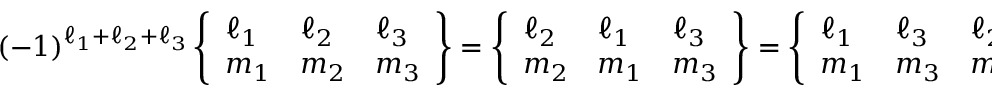
( - 1 ) ^ { \ell _ { 1 } + \ell _ { 2 } + \ell _ { 3 } } \left\{ \begin{array} { l l l } { \ell _ { 1 } } & { \ell _ { 2 } } & { \ell _ { 3 } } \\ { m _ { 1 } } & { m _ { 2 } } & { m _ { 3 } } \end{array} \right\} = \left\{ \begin{array} { l l l } { \ell _ { 2 } } & { \ell _ { 1 } } & { \ell _ { 3 } } \\ { m _ { 2 } } & { m _ { 1 } } & { m _ { 3 } } \end{array} \right\} = \left\{ \begin{array} { l l l } { \ell _ { 1 } } & { \ell _ { 3 } } & { \ell _ { 2 } } \\ { m _ { 1 } } & { m _ { 3 } } & { m _ { 2 } } \end{array} \right\} = \left\{ \begin{array} { l l l } { \ell _ { 3 } } & { \ell _ { 2 } } & { \ell _ { 1 } } \\ { m _ { 3 } } & { m _ { 2 } } & { m _ { 1 } } \end{array} \right\} .